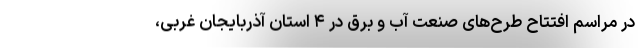
در مراسم افتتاح طرح‌های صنعت آب و برق در ۴ استان آذربایجان غربی،